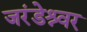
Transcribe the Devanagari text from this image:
जरंडेश्र्वर